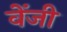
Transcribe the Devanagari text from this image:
वेंजी